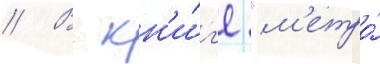
// В кн'и́г'е "м'етро́